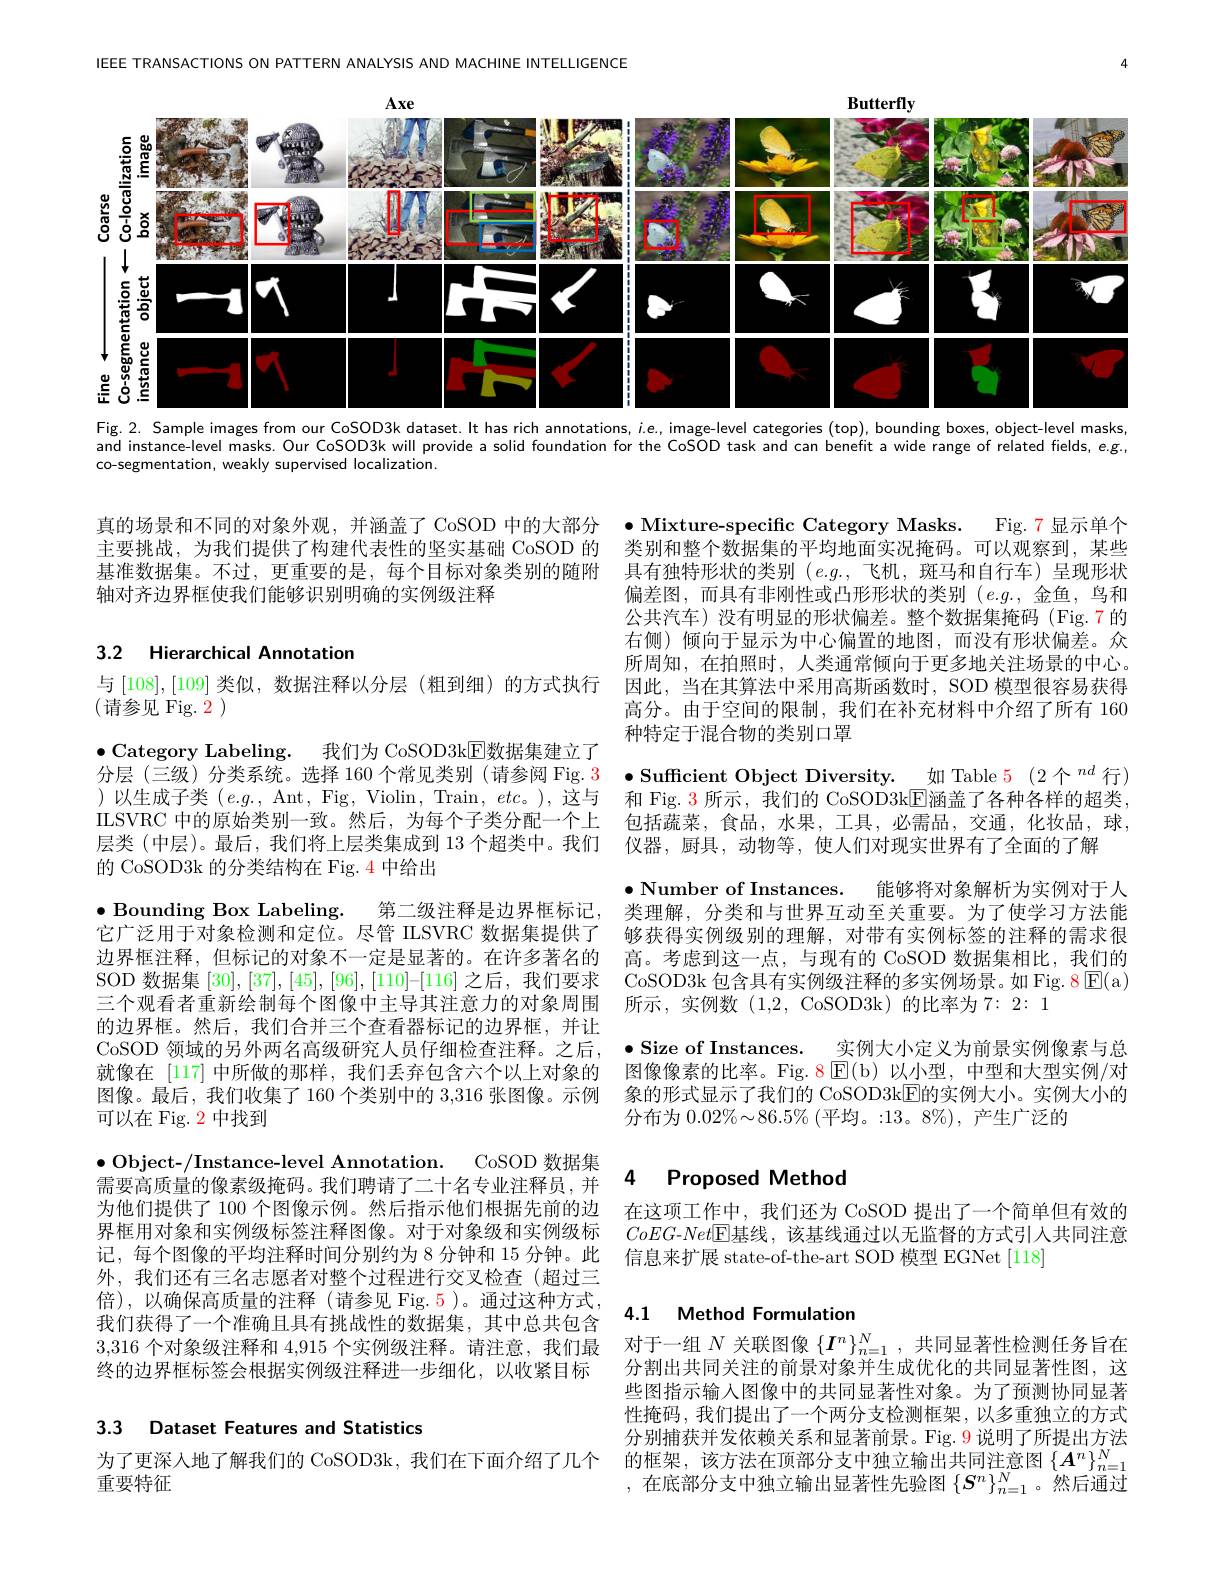
IEEE TRANSACTIONS ON PATTERN ANALYSIS AND MACHINE INTELIGENCE

<FigureHere>
Fig.2. Sample images from our CoSOD3k dataset.It has rich annotations, $i$ e., image-level categories (top), bounding boxes, object-level masks

and instance-level masks. Our CoSOD3k will provide a solid foundation for the CoSOD task and can benefit a wide range of related fields, e.g.

co-segmentation, weakly supervised localization.

真的场景和不同的对象外观，并涵盖了 CoSOD 中的大部分主要挑战，为我们提供了构建代表性的坚实基础 CoSOD 的基准数据集。不过，更重要的是，每个目标对象类别的随附轴对齐边界框使我们能够识别明确的实例级注释

# 3.2 Hierarchical Annotation

与[108],[109]类似，数据注释以分层 (粗到细)的方式执行 因此，当在其算法中采用高斯函数时，SOD 模型很容易获得
(请参见 Fig. 2)

$\bullet$ Mixture-specific Category Masks. Fig. 7 显示单个类别和整个数据集的平均地面实况掩码。可以观察到，某些具有独特形状的类别$(e.g.$,飞机，斑马和自行车)呈现形状偏差图，而具有非刚性或凸形形状的类别$(e.g.$,金鱼，鸟和公共汽车)没有明显的形状偏差。整个数据集掩码 (Fig.7 的右侧)倾向于显示为中心偏置的地图，而没有形状偏差。众所周知，在拍照时，人类通常倾向于更多地关注场景的中心。高分。由于空间的限制，我们在补充材料中介绍了所有 160种特定于混合物的类别口罩
分层(三级)分类系统。选择 160个常见类别 (请参阅 Fig. $\color{red}{3}\:\bullet$ Sufficient Object Diversity. 如 Table 5 (2个$^{nd}$ 行)
和 Fig. 3 所示 , 我们的 CoSOD3kE涵盖了各种各样的超类包括蔬菜，食品，水果，工具，必需品，交通，化妆品，球， 仪器，厨具，动物等，使人们对现实世界有了全面的了解
$\bullet$ Number of Instances. 能够将对象解析为实例对于人类理解，分类和与世界互动至关重要。为了使学习方法能够获得实例级别的理解，对带有实例标签的注释的需求很高。考虑到这一点，与现有的 CoSOD 数据集相比，我们的CoSOD3k 包含具有实例级注释的多实例场景。如 Fig. 8 E( a) 所示，实例数(1,2,CoSOD3k)的比率为7：2:1
$\bullet$ Size of Instances. \_实例大小定义为前景实例像素与总图像像素的比率。Fig.8 $\operatorname{E}($b)以小型，中型和大型实例/对象的形式显示了我们的 CoSOD3k$\overline{\mathrm{E}}$的实例大小。实例大小的分布为$0.02\%\sim86.5\%$ (平均。:13。8%),产生广泛的

$\bullet$ Category Labeling. 我们为 CoSOD3kE数据集建立了)以生成子类(e.g.,~Ant,~Fig,~Violin,~Train,~etc。),~这与ILSVRC 中的原始类别一致。然后，为每个子类分配一个上层类 (中层)。最后，我们将上层类集成到 13 个超类中。我们的 CoSOD3k 的分类结构在 Fig. $\color{red}{4}$中给出
$\bullet$ Bounding Box Labeling. 第二级注释是边界框标记， 它广泛用于对象检测和定位。尽管 ILSVRC 数据集提供了边界框注释，但标记的对象不一定是显著的。在许多著名的SOD 数据集$[30],[37],[45],[96],[110]–[116]$之后，我们要求三个观看者重新绘制每个图像中主导其注意力的对象周围的边界框。然后，我们合并三个查看器标记的边界框，并让CoSOD 领域的另外两名高级研究人员仔细检查注释。之后， 就像在 [117] 中所做的那样，我们丢弃包含六个以上对象的图像。最后，我们收集了160 个类别中的 3,316 张图像。示例可以在 Fig. 2 中找到
$\bullet$ Object-/Instance-level Annotation. CoSOD 数据集需要高质量的像素级掩码。我们聘请了二十名专业注释员，并为他们提供了 100 个图像示例。然后指示他们根据先前的边界框用对象和实例级标签注释图像。对于对象级和实例级标记，每个图像的平均注释时间分别约为 8 分钟和 15 分钟。此外，我们还有三名志愿者对整个过程进行交叉检查 (超过三倍),以确保高质量的注释(请参见 Fig.5)。通过这种方式， 我们获得了一个准确且具有挑战性的数据集，其中总共包含3,316个对象级注释和 4,915 个实例级注释。请注意，我们最终的边界框标签会根据实例级注释进一步细化，以收紧目标

### 4 Proposed Methoc

在这项工作中，我们还为 CoSOD 提出了一个简单但有效的$CoEG-Net$区基线，该基线通过以无监督的方式引人共同注意信息来扩展 state-of-the-art SOD 模型 EGNet [118]

# 4.1 Method Formulation

对于一组$N$关联图像$\{\boldsymbol I^n\}_{n=1}^N$,共同显著性检测任务旨在分割出共同关注的前景对象并生成优化的共同显著性图，这些图指示输入图像中的共同显著性对象。为了预测协同显著性掩码，我们提出了一个两分支检测框架，以多重独立的方式分别捕获并发依赖关系和显著前景。Fig. 9 说明了所提出方法
为了更深人地了解我们的 CoSOD3k, 我们在下面介绍了几个 的框架，该方法在顶部分支中独立输出共同注意图$\{A^n\}_{n=1}^N$
,在底部分支中独立输出显著性先验图$\{S^n\}_{n=1}^N$。然后通过

3.3 Dataset Features and Statistics

重要特征